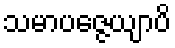
သမာပဇ္ဇေယျာပိ